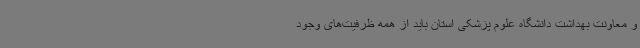
و معاونت بهداشت دانشگاه علوم پزشکی استان باید از همه ظرفیت‌های وجود